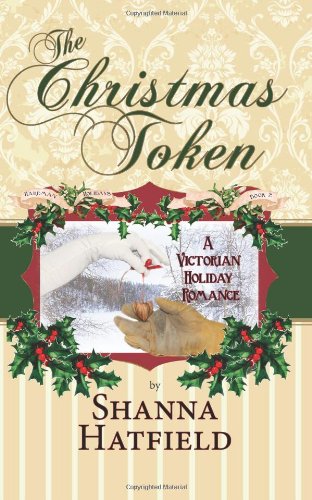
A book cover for The Christmas Token (Hardman Holidays) (Volume 2); Shanna Hatfield; Romance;